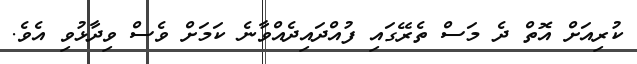
ކުރިއަށް އޮތް ދެ މަސް ތެރޭގައި ފުއްދައިދެއްވާނެ ކަމަށް ވެސް ވިދާޅުވި އެވެ.